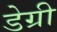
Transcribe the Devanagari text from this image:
डेग्री